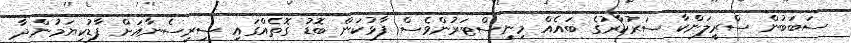
ސަބަބުން ސްރީލަންކާ ސަރުކާރުގެ ބައެއް މިނިސްޓަރުންވެސް ފާޅުކަން ބޮޑު ގޮތެއްގައި ސިރިސެނާއަށް ފާޑުކިޔަމުންދާ